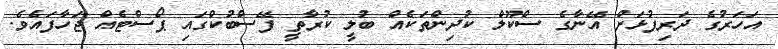
އަހަރުގެ ދަރިފުޅަށް އޭނާގެ ސްކޫލް ކުދިންތަކެއް ބުލީ ކުރާތީ ފޭސްބުކްގައި ޕޯސްޓެއް ޖަހާފައެވެ.